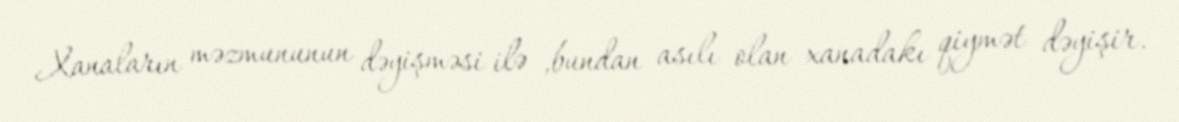
Xanaların məzmununun dəyişməsi ilə ,bundan asılı olan xanadakı qiymət dəyişir.